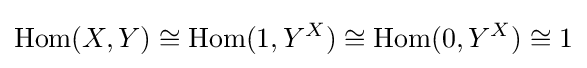
\mathrm {Hom} (X,Y)\cong \mathrm {Hom} (1,Y^{X})\cong \mathrm {Hom} (0,Y^{X})\cong 1